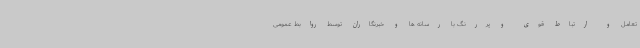
تعامل و ارتباط قوی و پررنگ با رسانه ها و خبرنگاران توسط روابط عمومی